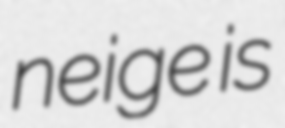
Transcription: neige is